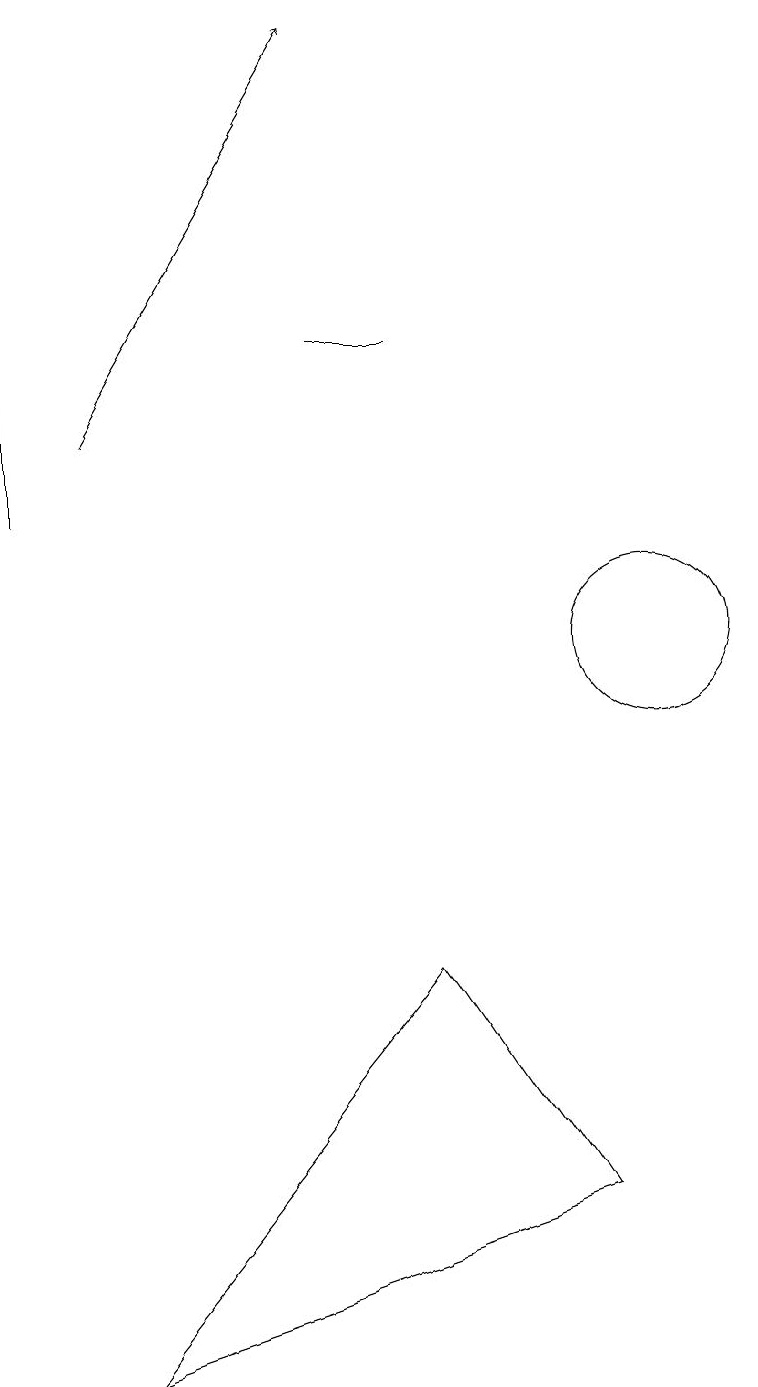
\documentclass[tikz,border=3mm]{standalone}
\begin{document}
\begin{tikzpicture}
\draw (7,14) rectangle (6,14);
\draw (2,12) rectangle (2,18);
\draw[->] (3,13) -- (6,18);
\draw (10,10) circle (1);
\draw (7,6) -- (9,3) -- (3,1) -- cycle;
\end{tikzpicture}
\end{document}